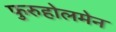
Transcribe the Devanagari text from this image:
फुरुहोलमेन